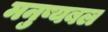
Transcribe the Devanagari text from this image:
मनुष्यबल